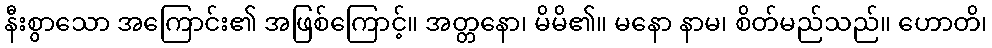
နီးစွာသော အကြောင်း၏ အဖြစ်ကြောင့်။ အတ္တနော၊ မိမိ၏။ မနော နာမ၊ စိတ်မည်သည်။ ဟောတိ၊